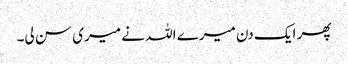
پھر ایک دن میرے اللہ نے میری سن لی۔